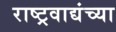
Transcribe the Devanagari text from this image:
राष्ट्रवाद्यंच्या